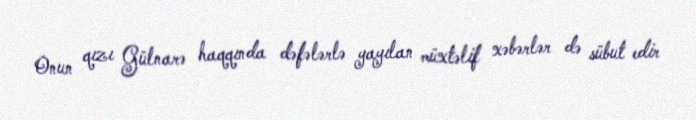
Onun qızı Gülnarə haqqında dəfələrlə yayılan müxtəlif xəbərlər də sübut edir